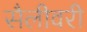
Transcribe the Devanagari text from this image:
सैलीवरी